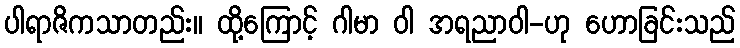
ပါရာဇိကသာတည်း။ ထို့ကြောင့် ဂါမာ ဝါ အရညာဝါ-ဟု ဟောခြင်းသည်